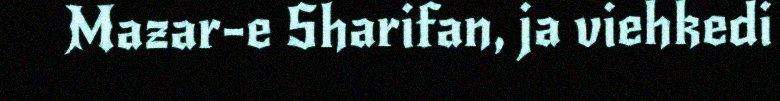
Mazar-e Sharifan, ja viehkedi